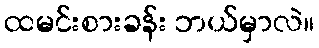
ထမင်းစားခန်း ဘယ်မှာလဲ။